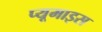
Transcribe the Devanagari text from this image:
प्यूमाइस